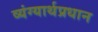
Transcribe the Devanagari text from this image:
व्यंग्यार्थप्रधान